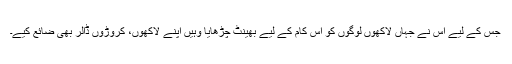
جس کے لیے اُس نے جہاں لاکھوں لوگوں کو اِس کام کے لیے بھینٹ چڑھایا وہیں اپنے لاکھوں، کروڑوں ڈالر بھی ضائع کیے۔